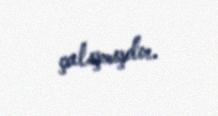
çalışmışdır.